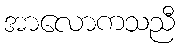
အာလောကသညီ